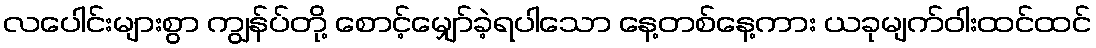
လပေါင်းများစွာ ကျွန်ပ်တို့ စောင့်မျှော်ခဲ့ရပါသော နေ့တစ်နေ့ကား ယခုမျက်ဝါးထင်ထင်